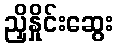
ညှိနှိုင်းဆွေး